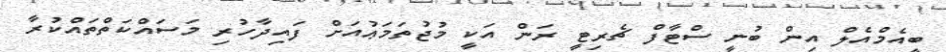
ބީއެމްއެލް އިން ބުނީ ސްޓާފް ޗެރިޓީ ރަން އަކީ މުޖުތަމަޢުއަށް ފައިދާހުރި މަސައްކަތްތައްކުރާ